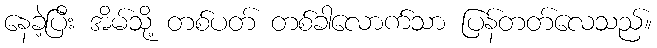
နေခဲ့ပြီး အိမ်သို့ တစ်ပတ် တစ်ခါလောက်သာ ပြန်တတ်လေသည်။